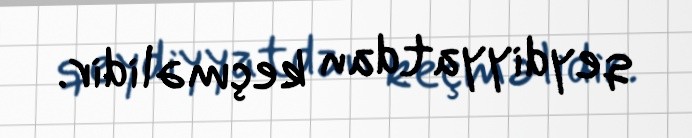
qeydiyyatdan keçməlidir.